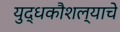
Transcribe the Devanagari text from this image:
युद्धकौशल्याचे